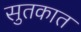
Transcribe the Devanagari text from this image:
सुतकात